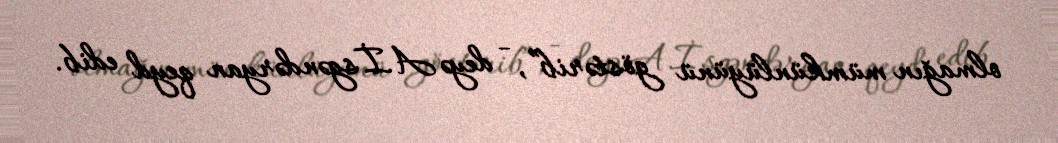
olmağın mümkünlüyünü göstərib”, - deyə A.İsgəndəryan qeyd edib.